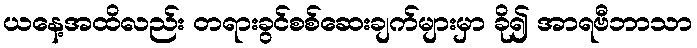
ယနေ့အထိလည်း တရားခွင်စစ်ဆေးချက်များမှာ ခို၍ အာရဗီဘာသာ